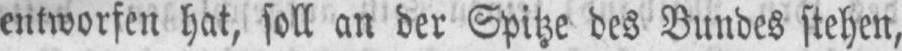
entworfen hat, soll an der Spitze des Bundes stehen,